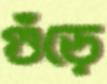
গুঁড়ে